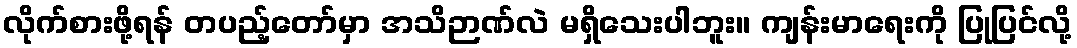
လိုက်စားဖို့ရန် တပည့်တော်မှာ အသိဉာဏ်လဲ မရှိသေးပါဘူး။ ကျန်းမာရေးကို ပြုပြင်လို့